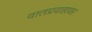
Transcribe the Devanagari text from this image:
वातप्रवाहावर